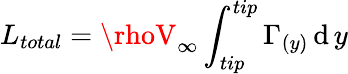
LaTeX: L_{total}=\rhoV_{\infty}\int_{tip}^{tip}\Gamma_{(y)}\operatorname{\mathrm{d}}y